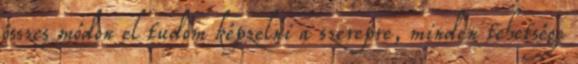
összes módon el tudom képzelni a szerepre, minden tehetsége